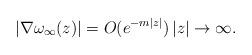
LaTeX: \begin{align*}\left\vert\nabla\omega_{\infty}(z)\right\vert =O(e^{-{m}\left\vert z\right\vert}) \left\vert z\right\vert\rightarrow\infty.\end{align*}